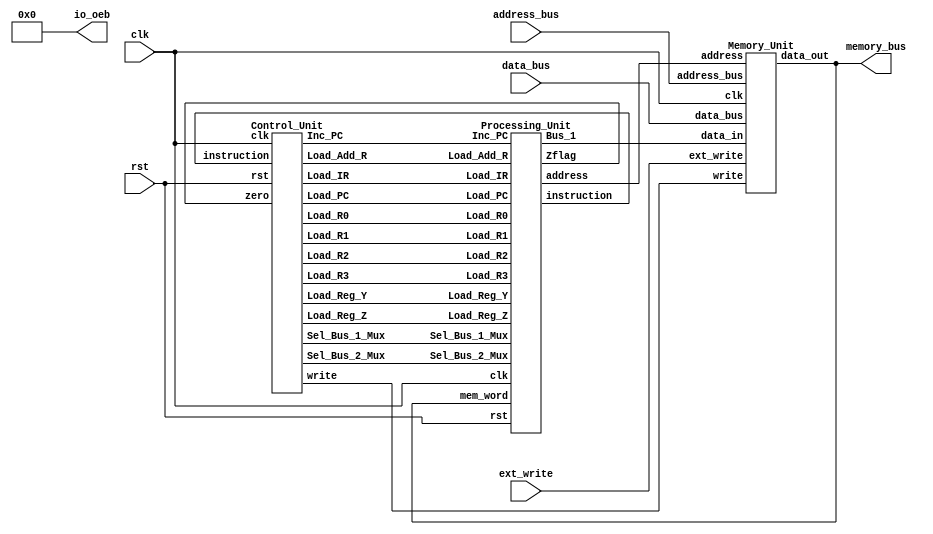
module RISC_SPM (clk, rst, data_bus, address_bus, memory_bus, ext_write, io_oeb);


    parameter word_size = 8;
  parameter Sel1_size = 3;
  parameter Sel2_size = 2;
  input clk, rst;
  input ext_write;

  input [word_size-1:0] data_bus, address_bus;
  output [word_size-1:0] memory_bus;
  output [word_size-1:0] io_oeb;

  wire [Sel1_size-1: 0] Sel_Bus_1_Mux;
  wire [Sel2_size-1: 0] Sel_Bus_2_Mux;

  // Data Nets
  wire zero;
  wire [word_size-1: 0] instruction, address, Bus_1, mem_word;

    assign io_oeb = 8'b0;
  //assign Bus_1 = data_bus;
  //assign address = address_bus;
  assign memory_bus = mem_word;
  //assign instruction_bus = instruction;

  // Control Nets
  wire Load_R0, Load_R1, Load_R2, Load_R3, Load_PC, Inc_PC, Load_IR;   
  wire Load_Add_R, Load_Reg_Y, Load_Reg_Z;

  Processing_Unit M0_Processor (instruction, zero, address, Bus_1, mem_word, Load_R0, Load_R1,
                                Load_R2, Load_R3, Load_PC, Inc_PC, Sel_Bus_1_Mux, Load_IR,
                                Load_Add_R, Load_Reg_Y, Load_Reg_Z,  Sel_Bus_2_Mux, clk, rst);

  Control_Unit M1_Controller (Load_R0, Load_R1, Load_R2, Load_R3, Load_PC, Inc_PC, Sel_Bus_1_Mux, 
                              Sel_Bus_2_Mux , Load_IR, Load_Add_R, Load_Reg_Y, Load_Reg_Z, 
                              write, instruction, zero, clk, rst);

  Memory_Unit M2_MEM (.data_out(mem_word),
                       .data_in(Bus_1), 
                       .address(address), 
                       .clk(clk), 
                       .write(write),
                       .ext_write(ext_write),
                       .data_bus(data_bus),
                       .address_bus(address_bus));
endmodule


module Processing_Unit (instruction, Zflag, address, Bus_1, mem_word, Load_R0, Load_R1, Load_R2, 
                        Load_R3, Load_PC, Inc_PC, Sel_Bus_1_Mux, Load_IR, Load_Add_R, Load_Reg_Y, Load_Reg_Z, 
                        Sel_Bus_2_Mux, clk, rst);

  parameter word_size = 8;
  parameter op_size = 4;
  parameter Sel1_size = 3;
  parameter Sel2_size = 2;

  output [word_size-1: 0] 	instruction, address, Bus_1;
  output                       Zflag;

  input [word_size-1: 0]  	mem_word;
  input 			Load_R0, Load_R1, Load_R2, Load_R3, Load_PC, Inc_PC;
  input [Sel1_size-1: 0] 	Sel_Bus_1_Mux;
  input [Sel2_size-1: 0] 	Sel_Bus_2_Mux;
  input 			Load_IR, Load_Add_R, Load_Reg_Y, Load_Reg_Z;
  input 			clk, rst;

  wire			        Load_R0, Load_R1, Load_R2, Load_R3;
  wire [word_size-1: 0] 	Bus_2;
  wire [word_size-1: 0] 	R0_out, R1_out, R2_out, R3_out;
  wire [word_size-1: 0] 	PC_count, Y_value, alu_out;
  wire 			alu_zero_flag;
  wire [op_size-1 : 0] 	opcode = instruction [word_size-1: word_size-op_size];

  Register_Unit 		R0 	(R0_out, Bus_2, Load_R0, clk, rst);
  Register_Unit 		R1 	(R1_out, Bus_2, Load_R1, clk, rst);
  Register_Unit 		R2 	(R2_out, Bus_2, Load_R2, clk, rst);
  Register_Unit 		R3 	(R3_out, Bus_2, Load_R3, clk, rst);
  Register_Unit 		Reg_Y 	(Y_value, Bus_2, Load_Reg_Y, clk, rst);
  D_flop 			Reg_Z 	(Zflag, alu_zero_flag, Load_Reg_Z, clk, rst);
  Address_Register 	        Add_R	(address, Bus_2, Load_Add_R, clk, rst);
  Instruction_Register	        IR	(instruction, Bus_2, Load_IR, clk, rst);
  Program_Counter 	        PC	(PC_count, Bus_2, Load_PC, Inc_PC, clk, rst);
  Multiplexer_5ch 		Mux_1 	(Bus_1, R0_out, R1_out, R2_out, R3_out, PC_count, Sel_Bus_1_Mux);
  Multiplexer_3ch 		Mux_2	(Bus_2, alu_out, Bus_1, mem_word, Sel_Bus_2_Mux);
  Alu_RISC 		        ALU	(alu_zero_flag, alu_out, Y_value, Bus_1, opcode);
endmodule 

module Register_Unit (data_out, data_in, load, clk, rst);
  parameter word_size = 8;
  output [word_size-1: 0] 	data_out;
  input  [word_size-1: 0] 	data_in;
  input 			load;
  input 			clk, rst;
  
  reg 	[word_size-1: 0]	data_out;
  
  always @ (posedge clk or negedge rst)
    if (rst == 0) data_out <= 0; else if (load) data_out <= data_in;
endmodule

module D_flop (data_out, data_in, load, clk, rst);
  output  data_out;
  input   data_in;
  input   load;
  input   clk, rst;
  
  reg 	  data_out;

  always @ (posedge clk or negedge rst)
    if (rst == 0) data_out <= 0; else if (load == 1)data_out <= data_in;
endmodule

module Address_Register (data_out, data_in, load, clk, rst);
  parameter word_size = 8;
  output [word_size-1: 0] 	data_out;
  input  [word_size-1: 0] 	data_in;
  input 			load, clk, rst;
  
  reg 	 [word_size-1: 0]	data_out;
  
  always @ (posedge clk or negedge rst)
    if (rst == 0) data_out <= 0; else if (load) data_out <= data_in;
endmodule

module Instruction_Register (data_out, data_in, load, clk, rst);
  parameter word_size = 8;
  output [word_size-1: 0] 	data_out;
  input  [word_size-1: 0] 	data_in;
  input 			load;
  input 			clk, rst;
  
  reg 	 [word_size-1: 0]	data_out;
  
  always @ (posedge clk or negedge rst)
    if (rst == 0) data_out <= 0; else if (load) data_out <= data_in; 
endmodule

module Program_Counter (count, data_in, Load_PC, Inc_PC, clk, rst);
  parameter word_size = 8;
  output [word_size-1: 0] 	count;
  input  [word_size-1: 0] 	data_in;
  input 			Load_PC, Inc_PC;
  input 			clk, rst;
  
  reg 	  [word_size-1: 0]	count;
  
  always @ (posedge clk or negedge rst)
    if (rst == 0) count <= 0; else if (Load_PC) count <= data_in; else if  (Inc_PC) count <= count +1;
endmodule

module Multiplexer_5ch (mux_out, data_a, data_b, data_c, data_d, data_e, sel);
  parameter word_size = 8;
  output [word_size-1: 0] 	mux_out;
  input  [word_size-1: 0] 	data_a, data_b, data_c, data_d, data_e;
  input  [2: 0]                sel;
 
  assign  mux_out = (sel == 0) ? data_a: (sel == 1) 
                               ? data_b : (sel == 2) 
                               ? data_c: (sel == 3) 
                               ? data_d : (sel == 4) 
                               ? data_e : 'bx;
endmodule

module Multiplexer_3ch (mux_out, data_a, data_b, data_c, sel);
  parameter word_size = 8;
  output [word_size-1: 0]     mux_out;
  input  [word_size-1: 0]     data_a, data_b, data_c;
  input  [1: 0]               sel;

  assign  mux_out = (sel == 0) ? data_a: (sel == 1) ? data_b : (sel == 2) ? data_c: 'bx;
endmodule
 


/*ALU Instruction		Action
ADD			Adds the datapaths to form data_1 + data_2.
SUB			Subtracts the datapaths to form data_1 - data_2.
AND			Takes the bitwise-and of the datapaths, data_1 & data_2.
NOT			Takes the bitwise Boolean complement of data_1.

	******Note: the carries are ignored in this model.********
*/

 
module Alu_RISC (alu_zero_flag, alu_out, data_1, data_2, sel);
  parameter word_size = 8;
  parameter op_size = 4;
  output 			alu_zero_flag;
  output [word_size-1: 0] 	alu_out;
  input  [word_size-1: 0] 	data_1, data_2;
  input  [op_size-1: 0] 	sel;
  
  // Opcodes
  parameter NOP = 4'b0000;
  parameter ADD = 4'b0001;
  parameter SUB = 4'b0010;
  parameter AND = 4'b0011;
  parameter NOT = 4'b0100;
  parameter RD  = 4'b0101;
  parameter WR	 = 4'b0110;
  parameter BR	 = 4'b0111;
  parameter BRZ  = 4'b1000;

  reg 	[word_size-1: 0]	alu_out;

  assign  alu_zero_flag = ~|alu_out;
  
  always @ (sel or data_1 or data_2)  
     case  (sel)
      NOP:	alu_out = 0;
      ADD:	alu_out = data_1 + data_2;  // Reg_Y + Bus_1
      SUB:	alu_out = data_2 - data_1;
      AND:	alu_out = data_1 & data_2;
      NOT:	alu_out = ~ data_2;	    // Gets data from Bus_1
      default:  alu_out = 0;
     endcase 
endmodule


module Control_Unit (Load_R0, Load_R1, Load_R2, Load_R3, Load_PC, Inc_PC, Sel_Bus_1_Mux, 
                     Sel_Bus_2_Mux, Load_IR, Load_Add_R, Load_Reg_Y, Load_Reg_Z, 
                     write, instruction, zero, clk, rst);
 
  parameter word_size = 8, op_size = 4, state_size = 4;
  parameter src_size = 2, dest_size = 2, Sel1_size = 3, Sel2_size = 2;
  // State Codes
  parameter S_idle = 0, S_fet1 = 1, S_fet2 = 2, S_dec = 3, S_ex1 = 4;
  parameter S_rd1  = 5, S_rd2  = 6, S_wr1  = 7, S_wr2 = 8, S_br1 = 9;
  parameter S_br2  = 10, S_halt = 11;  
  // Opcodes
  parameter NOP = 0, ADD = 1, SUB = 2, AND = 3, NOT = 4;
  parameter RD  = 5, WR =  6,  BR =  7, BRZ = 8;  
  // Source and Destination Codes  
  parameter R0 = 0, R1 = 1, R2 = 2, R3 = 3;  

  output                  Load_R0, Load_R1, Load_R2, Load_R3;
  output                  Load_PC, Inc_PC;
  output [Sel1_size-1: 0] Sel_Bus_1_Mux;
  output                  Load_IR, Load_Add_R;
  output                  Load_Reg_Y, Load_Reg_Z;
  output [Sel2_size-1: 0] Sel_Bus_2_Mux;
  output                  write;
  input  [word_size-1: 0] instruction;
  input                   zero;
  input                   clk, rst;
 
  reg [state_size-1: 0] state, next_state;
  reg Load_R0, Load_R1, Load_R2, Load_R3, Load_PC, Inc_PC;
  reg Load_IR, Load_Add_R, Load_Reg_Y;
  reg Sel_ALU, Sel_Bus_1, Sel_Mem;
  reg Sel_R0, Sel_R1, Sel_R2, Sel_R3, Sel_PC;
  reg Load_Reg_Z, write;
  reg err_flag;

  wire [op_size-1:0]   opcode = instruction [word_size-1: word_size - op_size];
  wire [src_size-1: 0] src = instruction [src_size + dest_size -1: dest_size];
  wire [dest_size-1:0] dest = instruction [dest_size -1:0];
 
  // Mux selectors
  assign  Sel_Bus_1_Mux[Sel1_size-1:0] = Sel_R0 ? 0:
				           Sel_R1 ? 1:
				           Sel_R2 ? 2:
				           Sel_R3 ? 3:
				           Sel_PC ? 4: 3'bx;  // 3-bits, sized number

  assign  Sel_Bus_2_Mux[Sel2_size-1:0] = Sel_ALU ? 0:
				           Sel_Bus_1 ? 1:
				           Sel_Mem ? 2: 2'bx; // 2-bits, sized number

  always @ (posedge clk or negedge rst) begin: State_transitions
    if (rst == 0) state <= S_idle; else state <= next_state; end


  always @ (state or opcode or zero) begin: Output_and_next_state 
    Sel_R0 = 0;   Sel_R1 = 0;      Sel_R2 = 0;      Sel_R3 = 0;     Sel_PC = 0;
    Load_R0 = 0;  Load_R1 = 0;     Load_R2 = 0;     Load_R3 = 0;    Load_PC = 0;
    Load_IR = 0;  Load_Add_R = 0;  Load_Reg_Y = 0;  Load_Reg_Z = 0;
    Inc_PC = 0; 
    Sel_Bus_1 = 0; 
    Sel_ALU = 0; 
    Sel_Mem = 0; 
    write = 0; 
    err_flag = 0;	// Used for de-bug in simulation		
    next_state = state;

     case  (state) 
      S_idle:		next_state = S_fet1;      
      S_fet1:		begin       	  	  	
                         next_state = S_fet2; 
      	  	  	  Sel_PC = 1;
      	  	  	  Sel_Bus_1 = 1;
      	  	   	  Load_Add_R = 1; 
    			  end
      S_fet2:		begin 		
                         next_state = S_dec; 
                         Sel_Mem = 1;
      	  	  	  Load_IR = 1; 
      	  	  	  Inc_PC = 1;
    			  end
      S_dec:  	 	case  (opcode) 
      		 		  NOP: next_state = S_fet1;
		  		  ADD, SUB, AND: begin
 		    		    next_state = S_ex1;
		    		    Sel_Bus_1 = 1;
		    		    Load_Reg_Y = 1;
		     		    case  (src)
		      		      R0: 		Sel_R0 = 1; 
		      		      R1: 		Sel_R1 = 1; 
		      		      R2: 		Sel_R2 = 1;
		      		      R3: 		Sel_R3 = 1; 
		      		      default : 	err_flag = 1;
		    		    endcase   
                                   end // ADD, SUB, AND

			 	  NOT: begin
			    	    next_state = S_fet1;
			    	    Load_Reg_Z = 1;
			    	    Sel_Bus_1 = 1; 
			    	    Sel_ALU = 1; 
		 	     	    case  (src)
			      	      R0: 		Sel_R0 = 1;			      
      				      R1: 		Sel_R1 = 1;
			      	      R2: 		Sel_R2 = 1;			      
 			      	      R3: 		Sel_R3 = 1; 
			      	      default : 	err_flag = 1;
			    	    endcase   
  			     	    case  (dest)
			      	      R0: 		Load_R0 = 1; 
			      	      R1: 		Load_R1 = 1;			      
      				      R2: 		Load_R2 = 1;
			      	      R3: 		Load_R3 = 1;			      
      				      default: 	err_flag = 1;
			    	    endcase   
                                   end // NOT
  				  
                                 RD: begin
			    	    next_state = S_rd1;
			    	    Sel_PC = 1; Sel_Bus_1 = 1; Load_Add_R = 1; 
                                   end // RD
                                   
			  	  WR: begin
			    	    next_state = S_wr1;
			    	    Sel_PC = 1; Sel_Bus_1 = 1; Load_Add_R = 1; 
                                   end  // WR
                                   
			  	  BR: begin 
			    	    next_state = S_br1;  
                                   Sel_PC = 1; Sel_Bus_1 = 1; Load_Add_R = 1; 
			    	    end  // BR
			    	    
  				  BRZ: if (zero == 1) begin
			    	    next_state = S_br1; 
                                   Sel_PC = 1; Sel_Bus_1 = 1; Load_Add_R = 1; 
			    	    end // BRZ.1
			  	    else begin 
                                   next_state = S_fet1; 
                                   Inc_PC = 1; 
                                   end // BRZ.2
        		  	  
        		  	  default : next_state = S_halt;
			endcase  // (opcode)

      S_ex1:		begin 
  			  next_state = S_fet1;
			  Load_Reg_Z = 1;
			  Sel_ALU = 1; 
		 	  case  (dest)
  	    		    R0: begin Sel_R0 = 1; Load_R0 = 1; end
			    R1: begin Sel_R1 = 1; Load_R1 = 1; end
			    R2: begin Sel_R2 = 1; Load_R2 = 1; end
			    R3: begin Sel_R3 = 1; Load_R3 = 1; end
			    default : err_flag = 1; 
			  endcase  
		          end 

      S_rd1:		begin
                         next_state = S_rd2;
			  Sel_Mem = 1;
			  Load_Add_R = 1; 
			  Inc_PC = 1;
			  end

      S_wr1: 		begin
                         next_state = S_wr2;
			  Sel_Mem = 1;
			  Load_Add_R = 1; 
			  Inc_PC = 1;
			  end 

      S_rd2:		begin
                         next_state = S_fet1;
			  Sel_Mem = 1;
		 	  case  (dest) 
    			    R0: Load_R0 = 1; 
		 	    R1: Load_R1 = 1; 
		 	    R2: Load_R2 = 1; 
		 	    R3: Load_R3 = 1; 
			    default: err_flag = 1;
			  endcase  
			  end

      S_wr2:		begin 
     			  next_state = S_fet1;
			  write = 1;
		 	  case  (src)
    			    R0: Sel_R0 = 1;		 	    
    			    R1: Sel_R1 = 1;		 	    
   			    R2: Sel_R2 = 1; 		 	    
   			    R3: Sel_R3 = 1;			    
    			    default: 	err_flag = 1;
			  endcase 
			  end

      S_br1:		begin next_state = S_br2; Sel_Mem = 1; Load_Add_R = 1; end
      S_br2:		begin next_state = S_fet1; Sel_Mem = 1; Load_PC = 1; end
      S_halt:  	next_state = S_halt;
      default:		next_state = S_idle;
     endcase    
   end
endmodule


module Memory_Unit (data_out, data_in, address, clk, write, ext_write, data_bus, address_bus);
  parameter word_size = 8;
  parameter memory_size = 256;

  output [word_size-1: 0] data_out;
  input  [word_size-1: 0] data_in;
  input  [word_size-1: 0] address;
  input  [word_size-1: 0] data_bus;
  input  [word_size-1: 0] address_bus;
  input                   clk, write, ext_write;
  
  reg [word_size-1: 0] memory [memory_size-1: 0];  //256 words of 8-bits
  
  assign data_out = memory[address];

  always @ (posedge clk) begin
    if (write) memory[address] = data_in;
    if (ext_write) memory[address_bus] = data_bus;
    end
endmodule